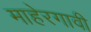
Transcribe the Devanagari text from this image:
माहेरगावी